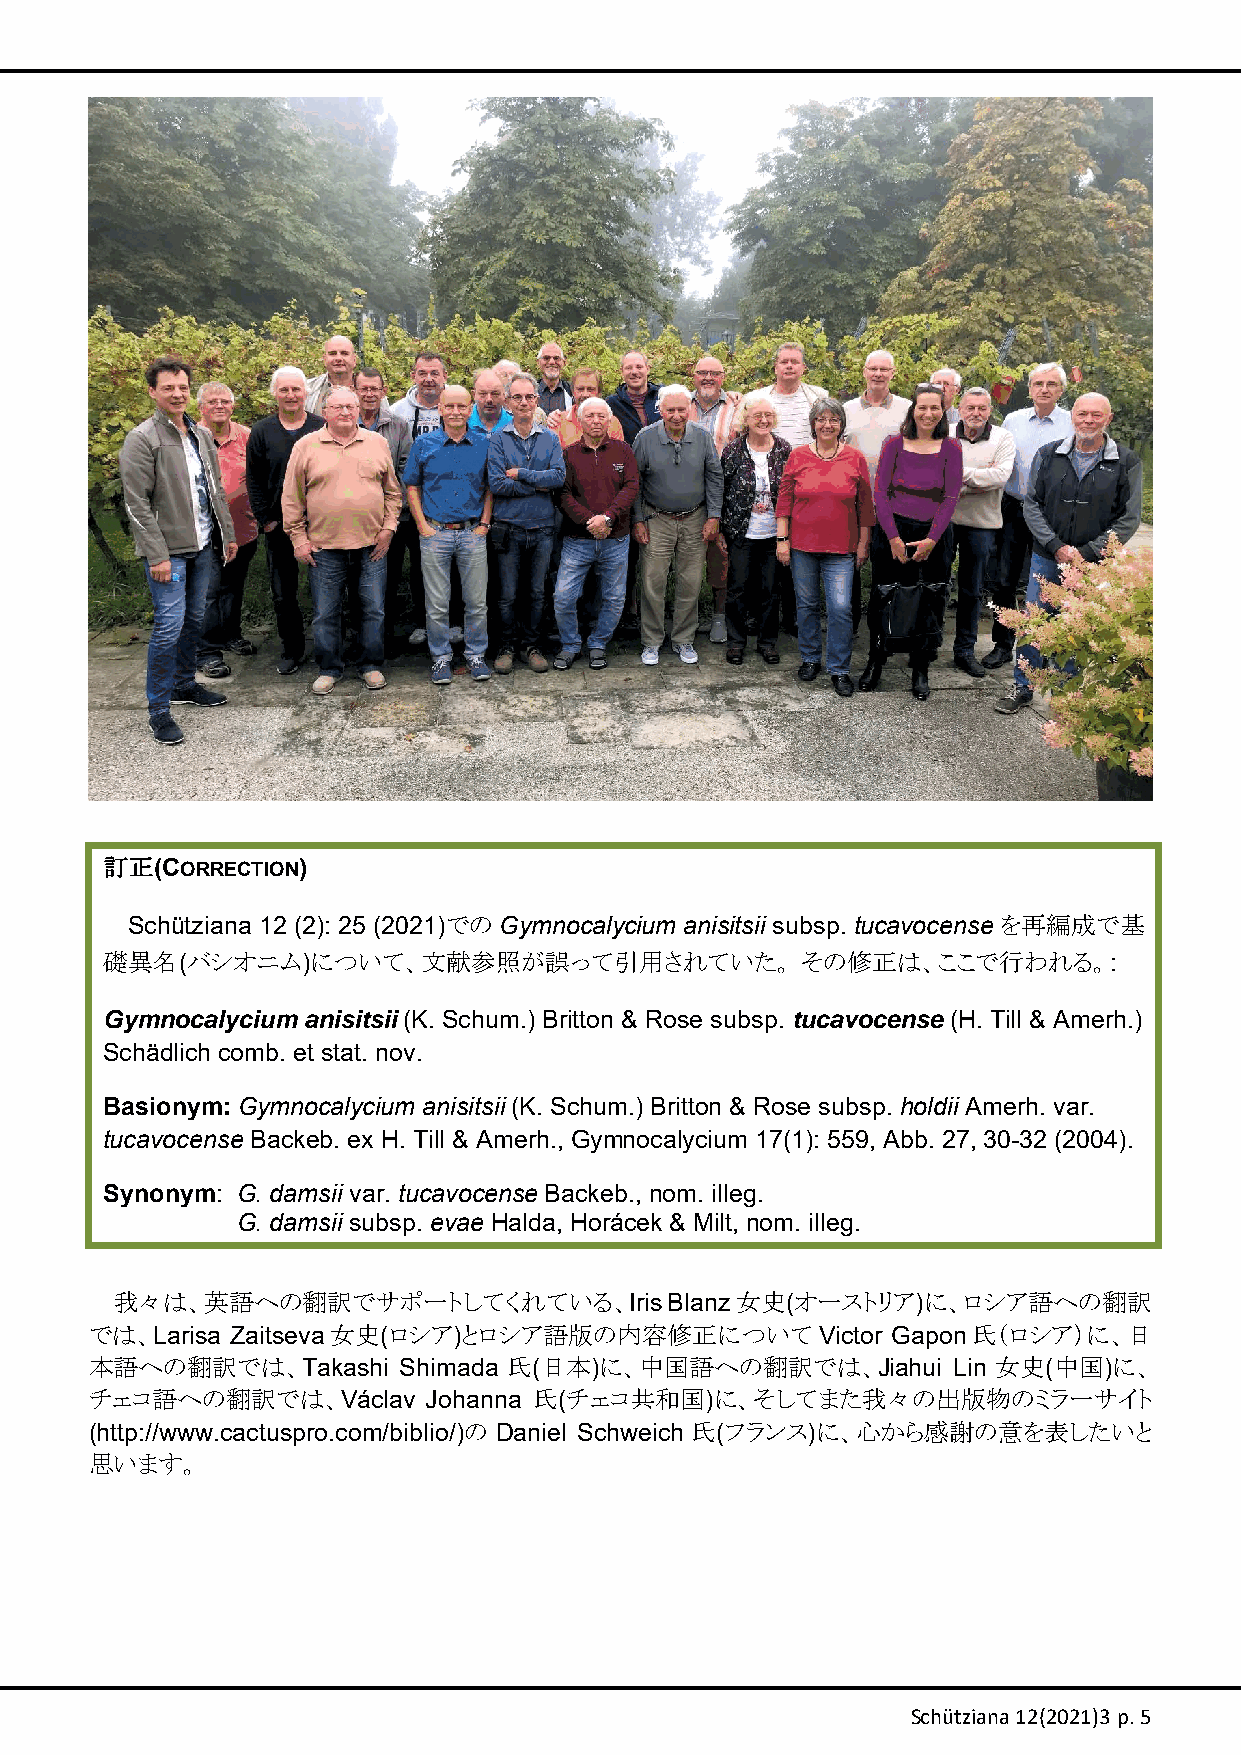
訂正(CORRECTION)
 Schütziana 12 (2): 25 (2021)での Gymnocalycium anisitsii subsp. tucavocenseを再編成で基
 礎異名(バシオニム)について、文献参照が誤って引用されていた。               その修正は、ここで行われる。:
 Gymnocalycium anisitsii (K. Schum.) Britton & Rose subsp. tucavocense (H. Till & Amerh.)
 Schädlich comb. et stat. nov.
 Basionym: Gymnocalycium anisitsii (K. Schum.) Britton & Rose subsp. holdii Amerh. var.
 tucavocense Backeb. ex H. Till & Amerh., Gymnocalycium 17(1): 559, Abb. 27, 30-32 (2004).
 Synonym: G. damsii var. tucavocense Backeb., nom. illeg.
 G. damsii subsp. evae Halda, Horácek & Milt, nom. illeg.
 我々は、英語への翻訳でサポートしてくれている、Iris         Blanz女史(オーストリア)に、ロシア語への翻訳
 では、Larisa Zaitseva女史(ロシア)とロシア語版の内容修正についてVictor       Gapon氏（ロシア）に、日
 本語への翻訳では、Takashi    Shimada 氏(日本)に、中国語への翻訳では、Jiahui      Lin 女史(中国)に、
 チェコ語への翻訳では、Václav     Johanna 氏(チェコ共和国)に、そしてまた我々の出版物のミラーサイト
 (http://www.cactuspro.com/biblio/)の Daniel Schweich 氏(フランス)に、心から感謝の意を表したいと
 思います。
 Schütziana 12(2021)3 p. 5